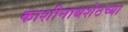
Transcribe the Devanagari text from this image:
काशीनाथशेठच्या